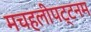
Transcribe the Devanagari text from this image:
मचहलीपट्टनम